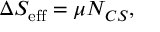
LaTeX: \Delta S _ { \mathrm { e f f } } = \mu N _ { C S } ,